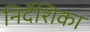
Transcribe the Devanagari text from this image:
निर्दॆशिका